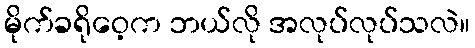
မိုက်ခရိုဝေ့က ဘယ်လို အလုပ်လုပ်သလဲ။